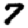
Digit: 7